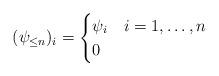
LaTeX: \begin{align*}(\psi_{\le n})_i=\begin{cases} \psi_i & i=1,\ldots,n\\0&\end{cases}\end{align*}